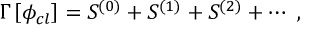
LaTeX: \Gamma \left[ \phi _ { c l } \right] = S ^ { ( 0 ) } + S ^ { ( 1 ) } + S ^ { ( 2 ) } + \cdots \, \, ,